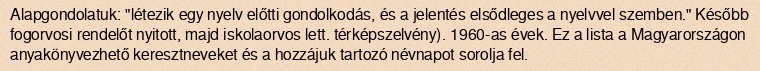
Alapgondolatuk: "létezik egy nyelv előtti gondolkodás, és a jelentés elsődleges a nyelvvel szemben." Később fogorvosi rendelőt nyitott, majd iskolaorvos lett. térképszelvény). 1960-as évek. Ez a lista a Magyarországon anyakönyvezhető keresztneveket és a hozzájuk tartozó névnapot sorolja fel.